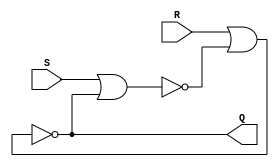
module latch_SR (Q, S, R);
output Q;
input S, R;
wire Qn;
nor #1
	n1(Qn, S, Q),
	n2(Q, R, Qn);

endmodule

////////////////////////*********************************//////////////////////

module mem_celda (Do, Di, SEL, Wri);
//output wand Do;// Original. rhsteinv
//inout wand Do;// rhsteinv
output wire Do;// rhsteinv
input SEL; // Entrada del decodificador en alto
input Wri; // Lnea de control, en alto
input Di; // Dato de entrada
wire wiS, wiR, wiQ; 

and #4
	Gs(wiS, SEL, Di, Wri),
	Gr(wiR, SEL, ~Di, Wri);

latch_SR SR(wiQ, wiS, wiR);

nand #1
	Go(Do, SEL, wiQ, ~Wri);

endmodule